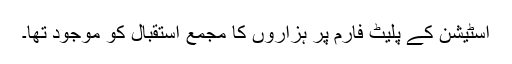
اسٹیشن کے پلیٹ فارم پر ہزاروں کا مجمع استقبال کو موجود تھا۔